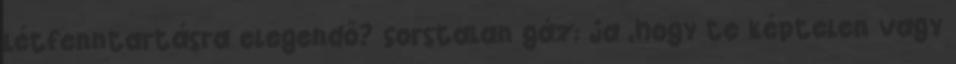
létfenntartásra elegendő? sorstalan gáz: ja ,hogy te képtelen vagy